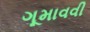
ગૂમાવવી